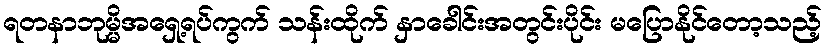
ရတနာဘုမ္မိအရှေ့ရပ်ကွက် သန်းထိုက် နှာခေါင်းအတွင်းပိုင်း မပြောနိုင်တော့သည့်